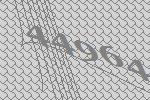
44964